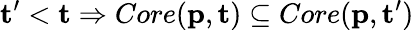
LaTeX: \mathbf{t}^{\prime}<\mathbf{t}\Rightarrow Core(\mathbf{p},\mathbf{t})\subseteq Core(\mathbf{p},\mathbf{t}^{\prime})